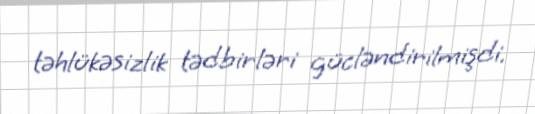
təhlükəsizlik tədbirləri gücləndirilmişdi.